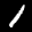
Label: 1